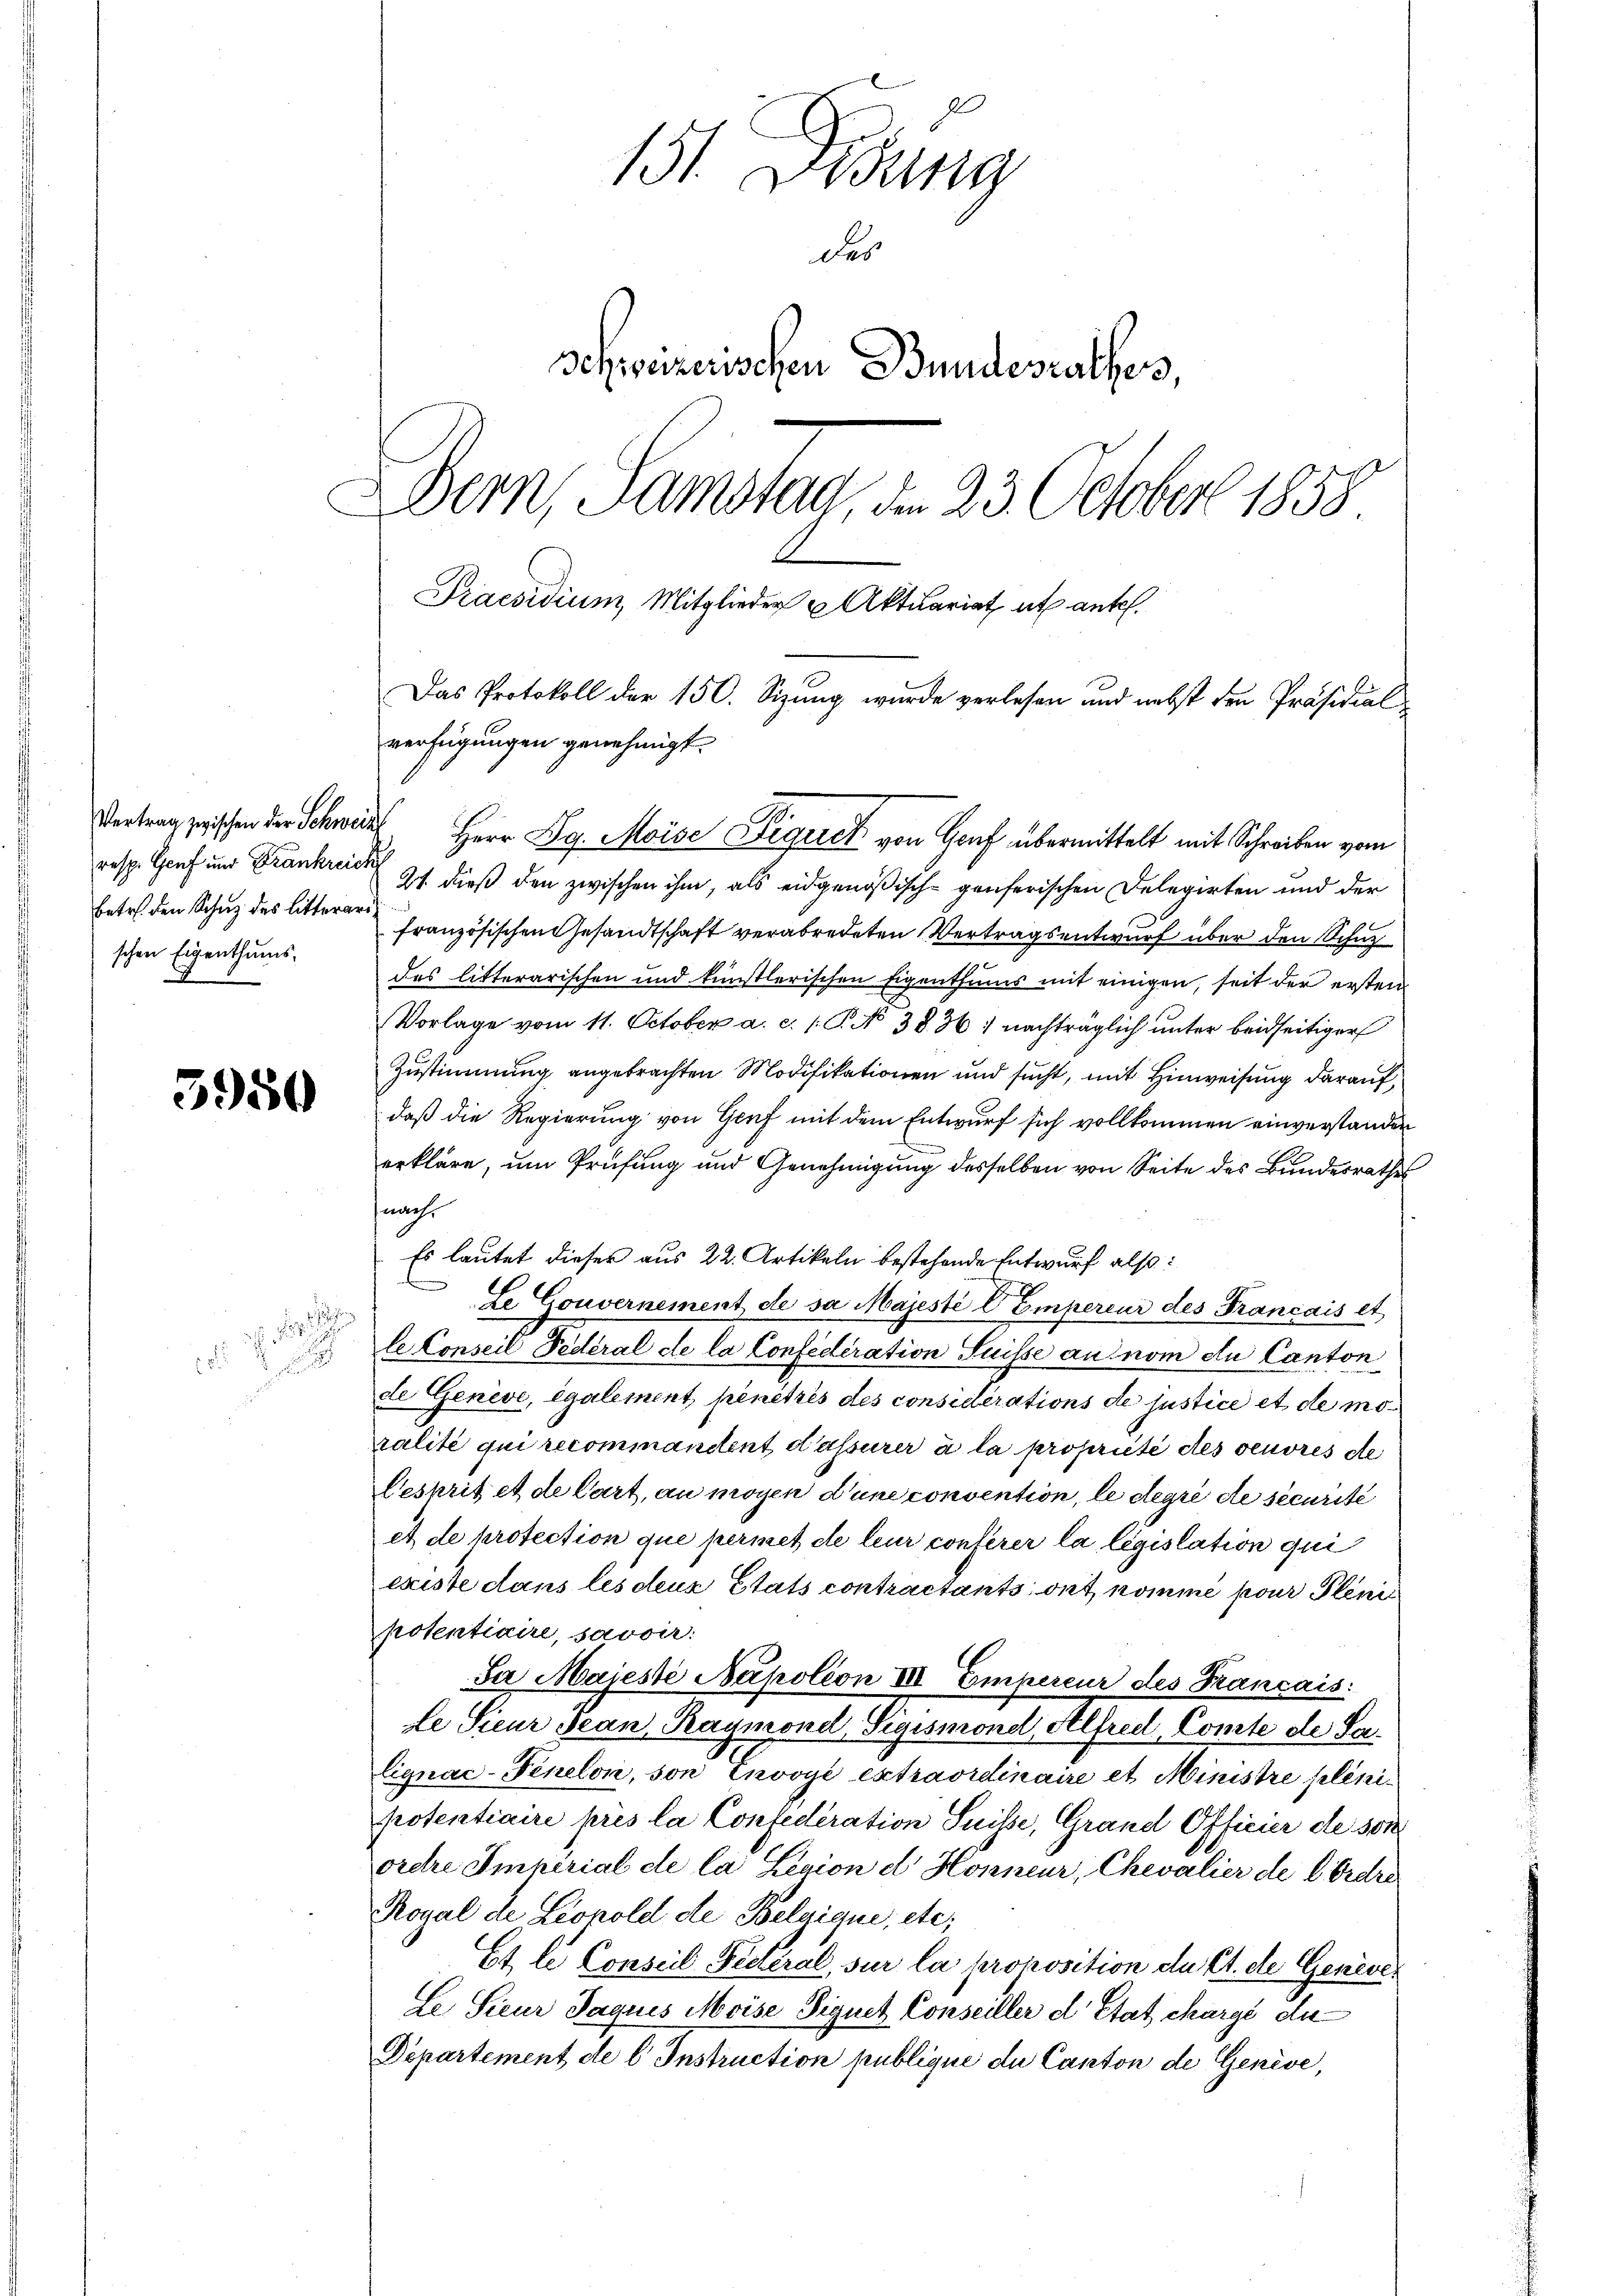
resp. Genf und Frankreich
betr. den Schuz des Litterarischen Eigenthums-

3950

111.
2

151. Didung
des
Schweizerischen Bundesrathes,
Bern, Samstag, d. 23. October 1858
Praesidium, Mitglieder Aktuariat et antel.
Das Protokoll der 150. Sizung wurde verlesen und nebst den Präsidial
verfügungen genehmigt.

Vertrag zwischen der Schweiz, Herr Dr. Moise Figurel von Gruf übermittelt mit Schreiben vom
21. dieß den zwischen ihm, als eidgenößisch-genferischen Delegirten und der
französischen Gesandtschaft verabredeten Vertragsentwurf über den Schuldes litterarischen und künstlerischen Eigenthums mit einigen, seit der ersten
Vorlage vom 11. October a. c. l. P. No 3836) nachträglich unter beidseitiger
Zustimmung angebrachten Modifikationen und sucht, mit Hinweisung darauf,
daß die Regierung von Genf mit dem Entwurf sich vollkommen einverstander
erkläre, um Prüfung und Genehmigung desselben von Seite des Bundesrathes
nach
Es lautet dieser aus 22. Artikeln bestehende Entwurf also:
Le Gouvernement de sa Majesté l Emperiur des Français et
le Conseil Fedéral de la Confederation Suisse au nom du Canton
de Genève, également, penitzes des considérations de justice et de moralité qui recommandent d’assurer à la propriété des veuvres de
Gesprit et de Cart, an mögen d’une convention, le degré de securite
et de protection que permet de leur conferer la législation qui
existe dans les deux Etats contractants ont nomme pour Pleni
potentiaire, savoir:
Jar Majeste Napolion III Empereur des Francais
le Sieur Jean Raymonel, Sigismond, Alfred, Comte de Sa¬
Eignac-Feneloi, son Envoyée extraordinaire et Ministre plenipotentiaire prés la Confederation Suisse, Grand Officier de son
oretre Imperial de la Legion d Honneur, Chevalier de Cordre
Royal de Leonold de Belgique, etc.
Et le Conseil Fetteral, sur la proposition de C. de Geneve¬
Le Sieur Jaquis Moise Signet Conseiller d Etat chargé de
Departement de l. Instruction publique du Canton de Genève,